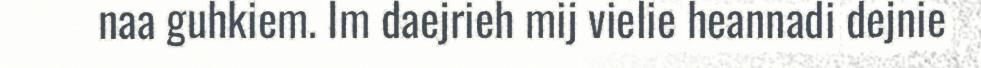
naa guhkiem. Im daejrieh mij vielie heannadi dejnie